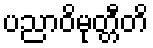
ပညာဝိမုတ္တီတိ